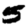
Digit: 5